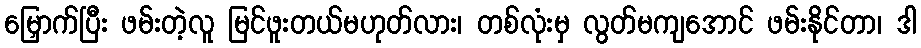
မြှောက်ပြီး ဖမ်းတဲ့လူ မြင်ဖူးတယ်မဟုတ်လား၊ တစ်လုံးမှ လွတ်မကျအောင် ဖမ်းနိုင်တာ၊ ဒါ